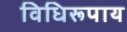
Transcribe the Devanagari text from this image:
विधिरूपाय